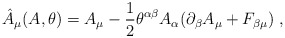
\begin{align*}\hat{A}_{\mu}(A, \theta) = A_{\mu} - \frac{1}{2} \theta^{\alpha\beta}A_{\alpha}(\partial_{\beta}A_{\mu} + F_{\beta \mu}) \;,\end{align*}